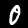
Digit: 0